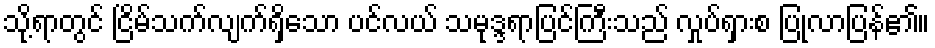
သို့ရာတွင် ငြိမ်သက်လျက်ရှိသော ပင်လယ် သမုဒ္ဒရာပြင်ကြီးသည် လှုပ်ရှားစ ပြုလာပြန်၏။